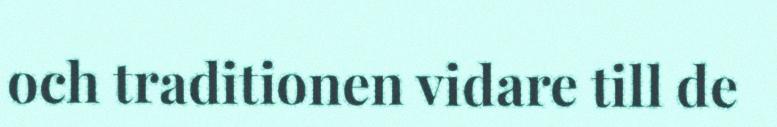
och traditionen vidare till de